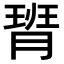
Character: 𪱟